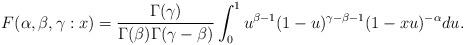
LaTeX: \begin{align*}F(\alpha,\beta,\gamma:x) = \frac{\Gamma(\gamma)}{\Gamma(\beta) \Gamma(\gamma-\beta)} \int_{0}^{1} u^{\beta-1}(1-u)^{\gamma-\beta-1} (1-xu)^{-\alpha}du. \end{align*}